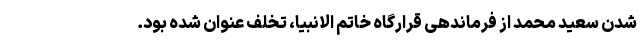
شدن سعید محمد از فرماندهی قرارگاه خاتم الانبیا، تخلف عنوان شده بود.